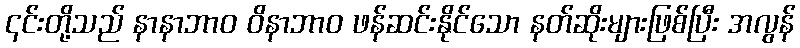
၎င်းတို့သည် နာနာဘာဝ ဝိနာဘာဝ ဖန်ဆင်းနိုင်သော နတ်ဆိုးများဖြစ်ပြီး အလွန်